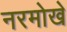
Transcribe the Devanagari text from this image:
नरमोखे